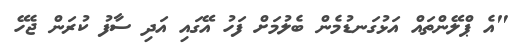
"އެ ޕްލޭންތައް އަޅުގަނޑުމެން ބެލުމަށް ފަހު އޭގައި އަދި ސާފު ކުރަން ޖެހޭ